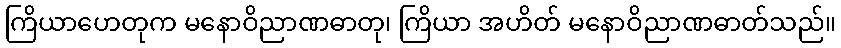
ကြိယာဟေတုက မနောဝိညာဏဓာတု၊ ကြိယာ အဟိတ် မနောဝိညာဏဓာတ်သည်။